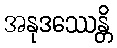
အနုဒဿေန္တိ